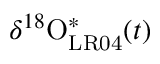
\delta ^ { 1 8 } \mathrm { O } _ { \mathrm { L R 0 4 } } ^ { \ast } ( t )